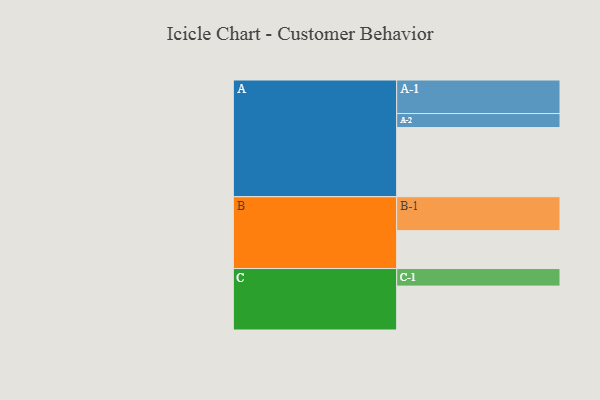
{"axis": {"x": "Segment", "y": "Value"}, "legend": ["", "A", "B", "C"], "data": [{"x": "A", "y": 588, "type": ""}, {"x": "B", "y": 322, "type": ""}, {"x": "C", "y": 373, "type": ""}, {"x": "A-1", "y": 285, "type": "A"}, {"x": "A-2", "y": 119, "type": "A"}, {"x": "B-1", "y": 288, "type": "B"}, {"x": "C-1", "y": 149, "type": "C"}]}